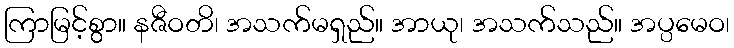
ကြာမြင့်စွာ။ နဇီဝတိ၊ အသက်မရှည်။ အာယု၊ အသက်သည်။ အပ္ပမေဝ၊